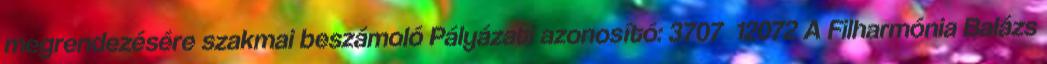
megrendezésére szakmai beszámoló Pályázati azonosító: 3707 12072 A Filharmónia Balázs